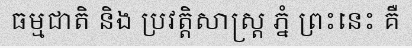
ធម្មជាតិ និង ប្រវត្តិសាស្ត្រ ភ្នំ ព្រះនេះ គឺ